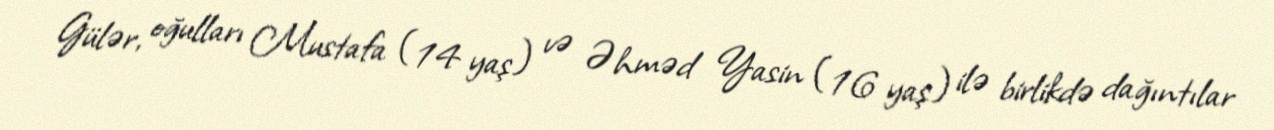
Gülər, oğulları Mustafa (14 yaş) və Əhməd Yasin (16 yaş) ilə birlikdə dağıntılar